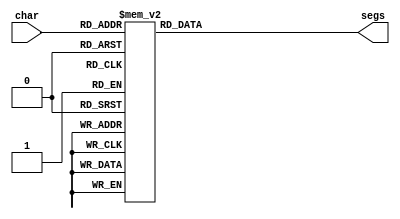
/*
   This file was generated automatically by the Mojo IDE version B1.3.6.
   Do not edit this file directly. Instead edit the original Lucid source.
   This is a temporary file and any changes made to it will be destroyed.
*/

module seven_seg_24 (
    input [3:0] char,
    output reg [6:0] segs
  );
  
  
  
  always @* begin
    
    case (char)
      4'h0: begin
        segs = 7'h3f;
      end
      4'h1: begin
        segs = 7'h06;
      end
      4'h2: begin
        segs = 7'h5b;
      end
      4'h3: begin
        segs = 7'h4f;
      end
      4'h4: begin
        segs = 7'h66;
      end
      4'h5: begin
        segs = 7'h6d;
      end
      4'h6: begin
        segs = 7'h7d;
      end
      4'h7: begin
        segs = 7'h07;
      end
      4'h8: begin
        segs = 7'h7f;
      end
      4'h9: begin
        segs = 7'h6f;
      end
      default: begin
        segs = 7'h00;
      end
    endcase
  end
endmodule